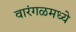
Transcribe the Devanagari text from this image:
वारंगळमध्ये